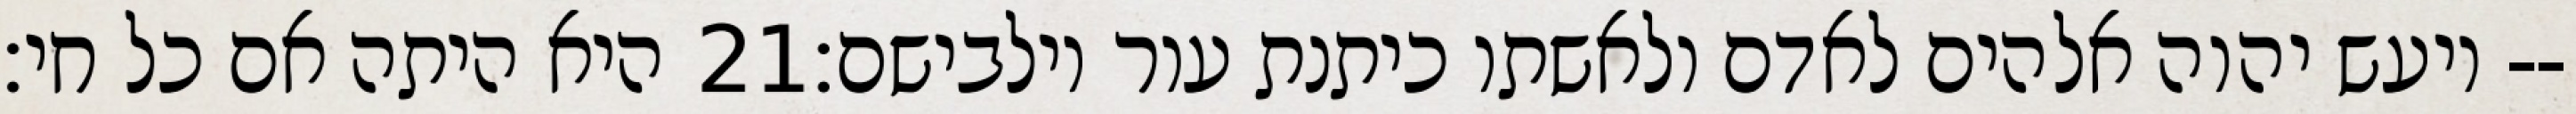
היא היתה אם כל חי׃ ‎21‏ ויעש יהוה אלהים לאדם ולאשתו כיתנת עור וילבישם׃--